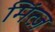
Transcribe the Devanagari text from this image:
मिंत्ज़